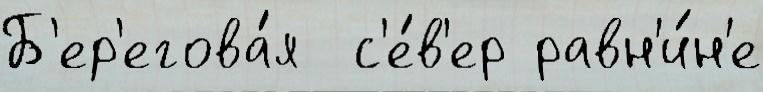
Б'ер'егова́я  с'е́в'ер равн'и́н'е